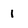
Character: 1